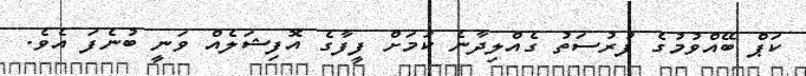
ކަޕް ބޭއްވުމުގެ ފުރުސަތު ގެއްލިދާނެ ކަމަށް ފީފާގެ އޮފިޝަލެއް ވަނީ ބުނެފަ އެވެ.